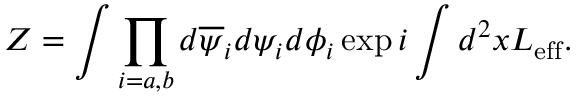
Z = \int \prod _ { i = a , b } d \overline { { { \psi } } } _ { i } d \psi _ { i } d \phi _ { i } \exp i \int d ^ { 2 } x { \cal L _ { \mathrm { e f f } } } .